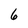
Character: 6